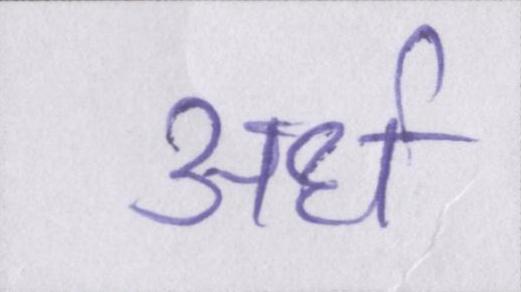
अर्ध